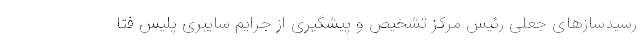
رسیدسازهای جعلی رئیس مرکز تشخیص و پیشگیری از جرایم سایبری پلیس فتا